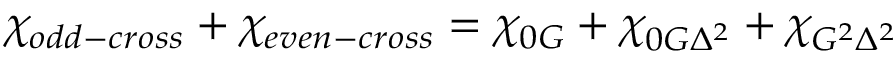
\chi _ { o d d - c r o s s } + \chi _ { e v e n - c r o s s } = \chi _ { 0 G } + \chi _ { 0 G \Delta ^ { 2 } } + \chi _ { G ^ { 2 } \Delta ^ { 2 } }